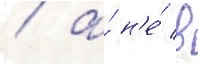
/ а́ н'е́ в